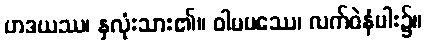
ဟဒယဿ၊ နှလုံးသား၏။ ဝါမပဿေ၊ လက်ဝဲနံပါး၌။